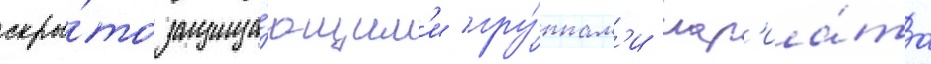
скры́то защища́ющим'и гру́ппам'и шар'иа́та